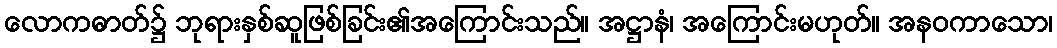
လောကဓာတ်၌ ဘုရားနှစ်ဆူဖြစ်ခြင်း၏အကြောင်းသည်။ အဋ္ဌာနံ၊ အကြောင်းမဟုတ်။ အနဝကာသော၊